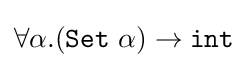
\forall \alpha .({\mathtt {Set}}\ \alpha )\rightarrow {\mathtt {int}}